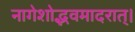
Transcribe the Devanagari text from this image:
नागेशोद्भवमादरात्‌।